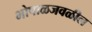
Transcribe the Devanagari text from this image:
भोपाळजवळील